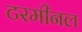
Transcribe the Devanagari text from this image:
टरमीनल